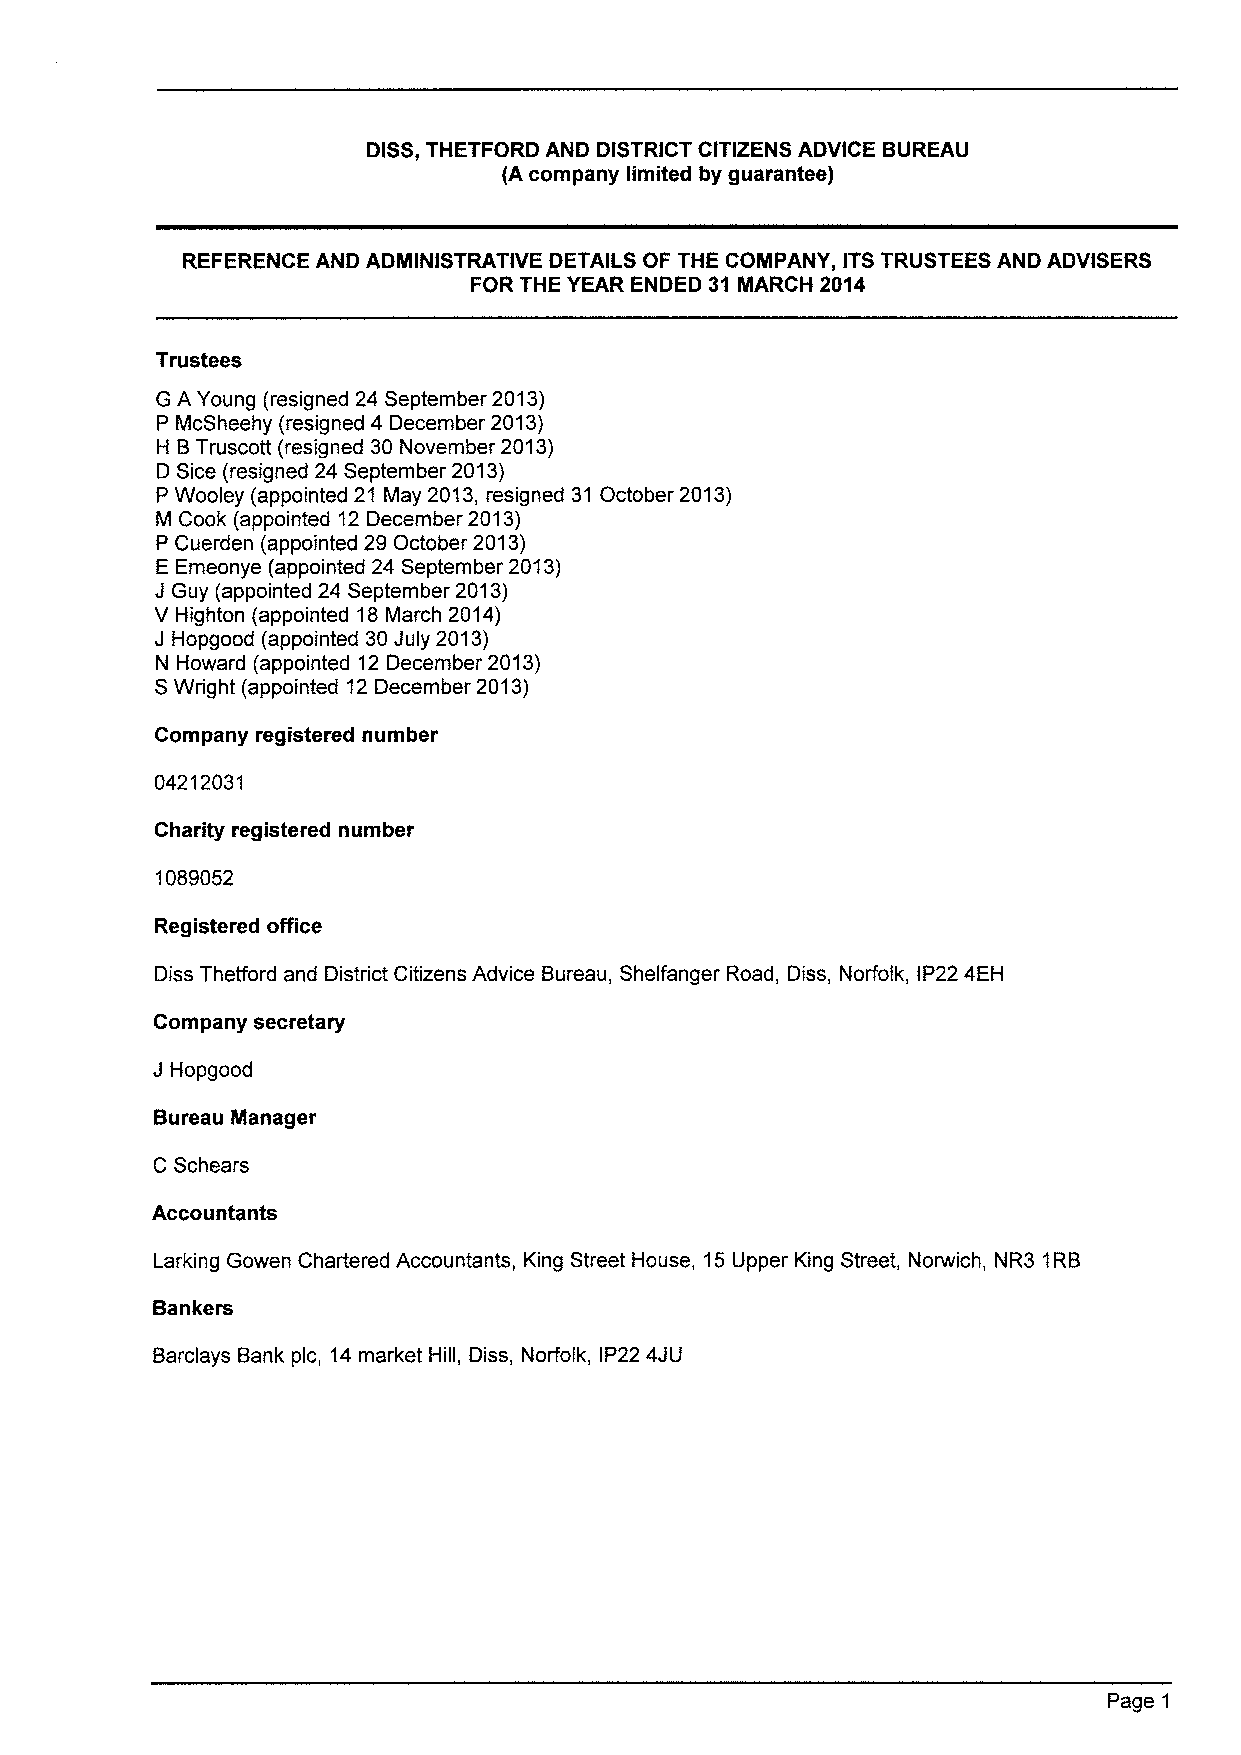
DISS,THETFORD AND DISTRICT CITIZENS ADVICE BUREAU
 (A company limited by guarantee)
 REFERENCE AND ADMINISTRATIVE DETAILS OF THE COMPANY, ITSTRUSTEES AND ADVISERS
 FOR THE YEAR ENDED 31 MARCH 2014
 Trustees
 G A Young (resigned 24 September 2013)
 P McSheehy (resigned 4 December 2013)
 H BTruscott (resigned 30 November 2013)
 D Sice (resigned 24 September 2013)
 P Wooley (appointed 21 May 2013, resigned 31 October 2013)
 M Cook (appointed 12December 2013)
 P Cuerden (appointed 29 October 2013)
 E Emeonye (appointed 24 September 2013)
 J Guy (appointed 24 September 2013)
 V Highton (appointed 18March 2014)
 J Hopgood (appointed 30July 2013)
 N Howard (appointed 12 December 2013)
 SWright (appointed 12December 2013)
 Company registered number
 04212031
 Charity registered number
 1089052
 Registered office
 Diss Thefford and District Citizens Advice Bureau, Shelfanger Road, Diss, Norfolk, IP22 4EH
 Company secretary
 J Hopgood
 Bureau Manager
 C Schears
 Accountants
 Larking Gowen Chartered Accountants, King Street House, 15Upper King Street, Norwich, NR3 1RB
 Bankers
 Barclays Bank pic, 14market Hill, Diss, Norfolk, IP22 4JU
 Page 1